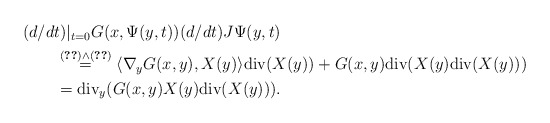
\begin{align*}\begin{aligned}&(d/dt)|_{t=0}G(x,\Psi(y,t))(d/dt)J\Psi(y,t) \\&\qquad\stackrel{\eqref{Btwo3}\wedge\eqref{Btwo5}}{=}\langle \nabla_{y}G(x,y),X(y)\rangle\mathrm{div}(X(y))+G(x,y)\mathrm{div}(X(y)\mathrm{div}(X(y)))\\&\qquad=\mathrm{div}_{y}(G(x,y)X(y)\mathrm{div}(X(y))).\end{aligned}\end{align*}